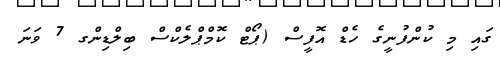
ގައި މި ކުންފުނީގެ ހެޑް އޮފީސް (ޕޯޓް ކޮމްޕްލެކްސް ބިލްޑިންގ 7 ވަނަ